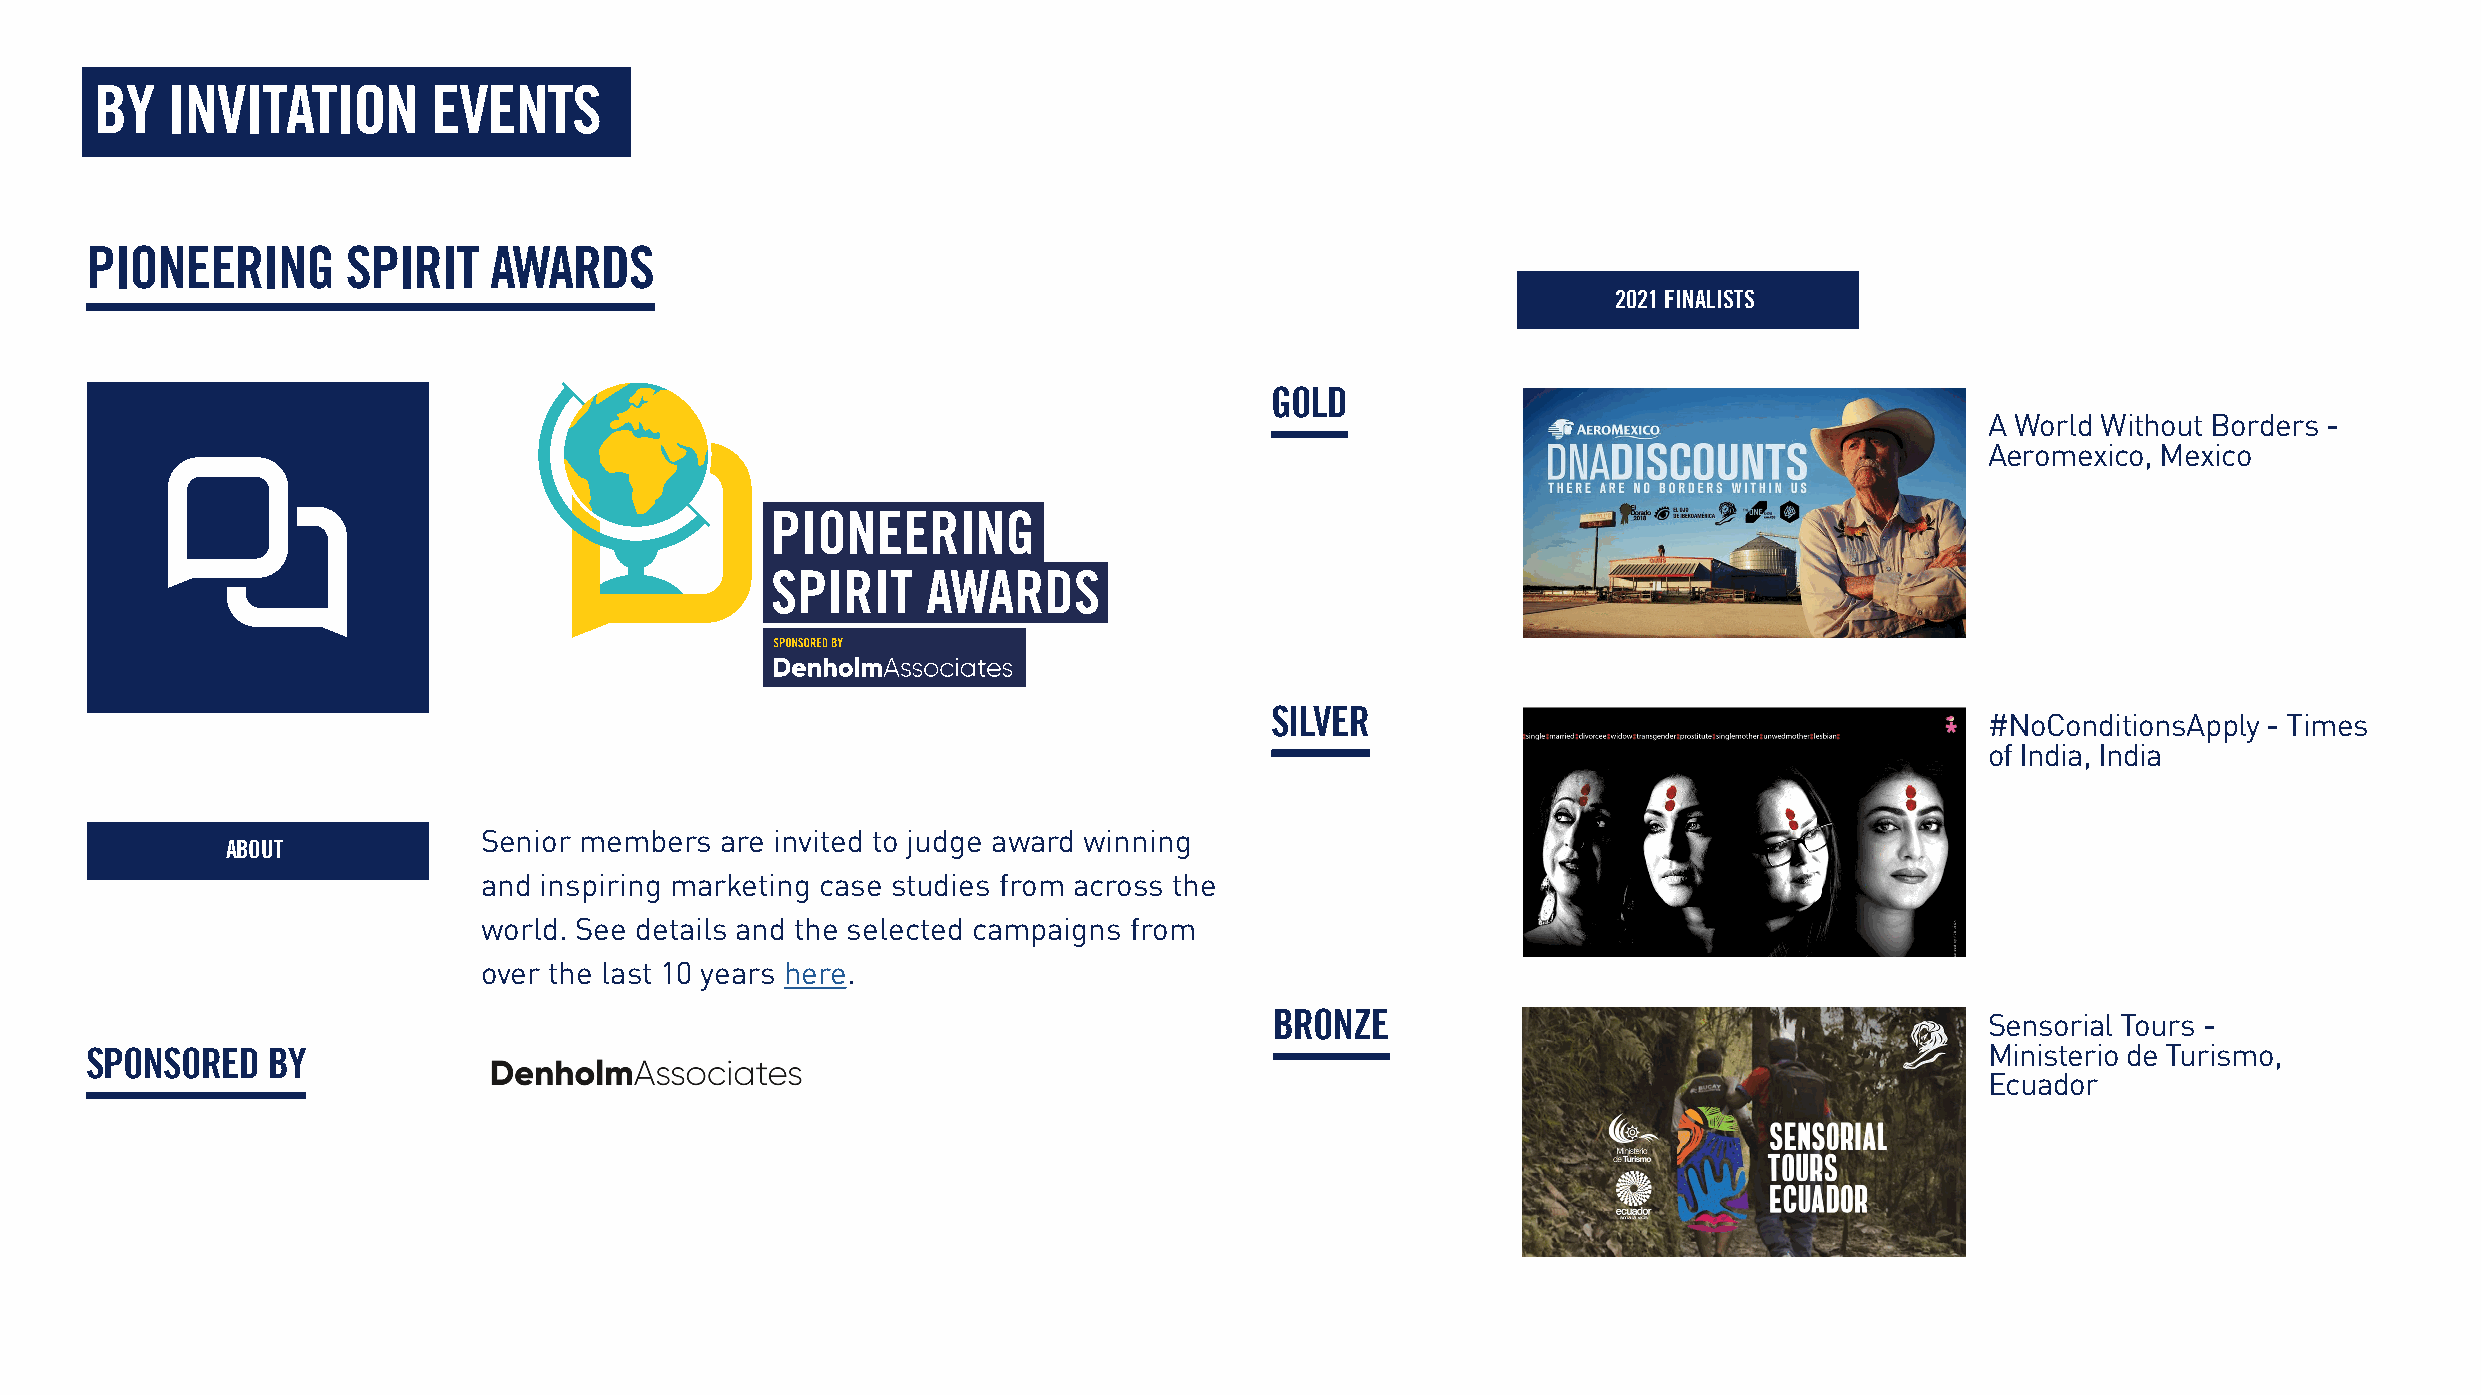
BY   INVITATION        EVENTS
 PIONEERING       SPIRIT   AWARDS
 2021 FINALISTS
 GOLD
 A World Without Borders -
 Aeromexico, Mexico
 SILVER
 #NoConditionsApply - Times
 of India, India
 Senior members  are invited to judge award winning
 ABOUT
 and inspiring marketing case studies from across the
 world. See details and the selected campaigns from
 over the last 10 years here.
 BRONZE                                          Sensorial Tours -
 SPONSORED   BY                                                                                                                Ministerio de Turismo,
 Ecuador